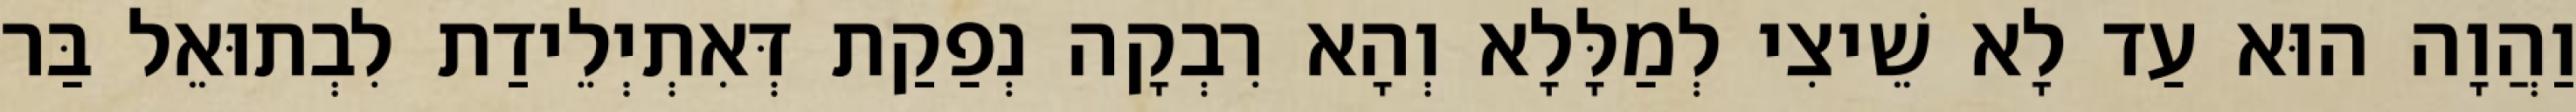
וַהֲוָה הוּא עַד לָא שֵׁיצִי לְמַלָּלָא וְהָא רִבְקָה נְפַקַת דְּאִתְיְלֵידַת לִבְתוּאֵל בַּר